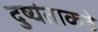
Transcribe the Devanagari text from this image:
दुष्यंताकडे